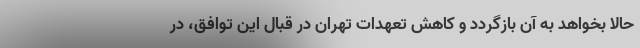
حالا بخواهد به آن بازگردد و کاهش تعهدات تهران در قبال این توافق، در